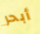
أبحر